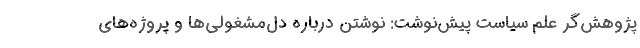
پژوهش‌گر علم سیاست پیش‌نوشت: نوشتن درباره دل‌مشغولی‌ها و پروژه‌های